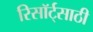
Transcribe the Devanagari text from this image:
रिसॉर्ट्‌साठी